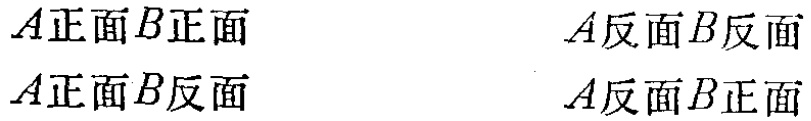
$A正面B正面$  $A反面B反面$\\

$A正面B反面$  $A反面B正面$